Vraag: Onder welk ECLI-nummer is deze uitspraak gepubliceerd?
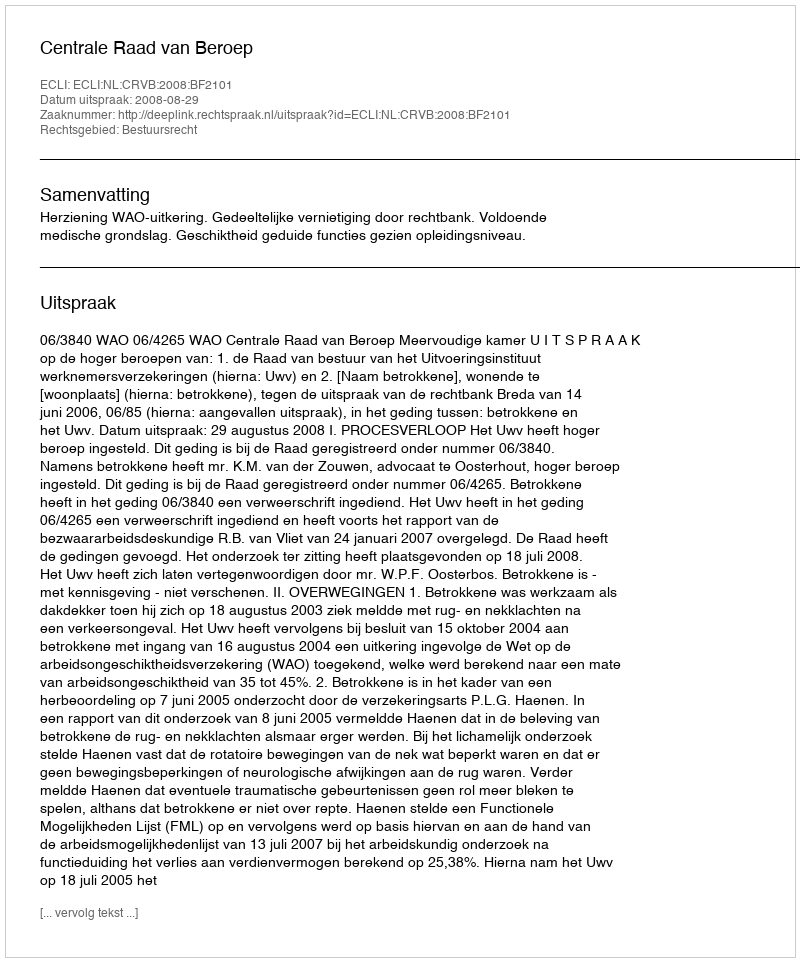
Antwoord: ECLI:NL:CRVB:2008:BF2101